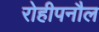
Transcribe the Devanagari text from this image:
रोहीपनौल